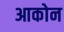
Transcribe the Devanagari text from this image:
आकोन